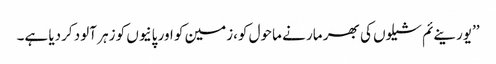
’’یورینےئم شیلوں کی بھر مار نے ماحول کو،زمین کو اور پانیوں کو زہر آلود کردیا ہے۔